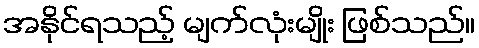
အနိုင်ရသည့် မျက်လုံးမျိုး ဖြစ်သည်။